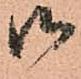
御